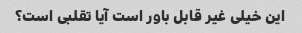
این خیلی غیر قابل باور است آیا تقلبی است؟